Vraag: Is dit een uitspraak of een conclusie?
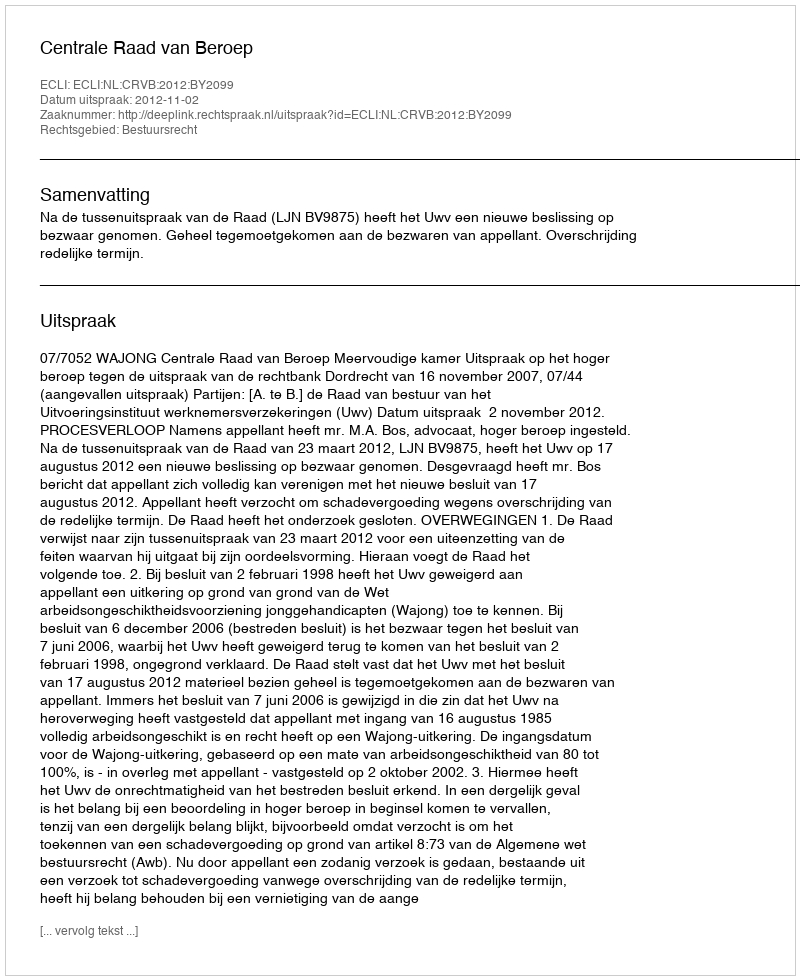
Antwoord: Uitspraak